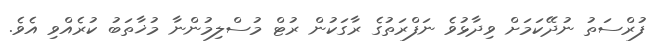
ފުރްސަތު ނުދޭކަމަށް ވިދާޅުވެ ނަފްރަތުގެ ރާގަކުން ރުޓް މުސްލިމުންނާ މުޚާތަބު ކުރެއްވި އެވެ.